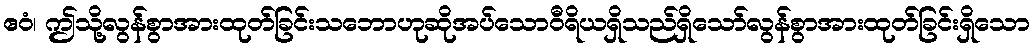
ဧဝံ၊ ဤသို့လွန်စွာအားထုတ်ခြင်းသဘောဟုဆိုအပ်သောဝီရိယရှိသည်ရှိသော်လွန်စွာအားထုတ်ခြင်းရှိသော